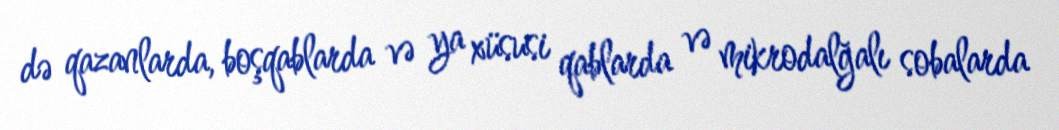
də qazanlarda, boşqablarda və ya xüsusi qablarda və mikrodalğalı sobalarda